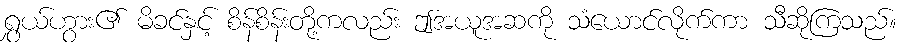
ရွှယ်ဟွား၏ မိခင်နှင့် စိန်စိန်းတို့ကလည်း ဤအယူအဆကို သံယောင်လိုက်ကာ သီဆိုကြသည်။